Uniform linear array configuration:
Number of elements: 16
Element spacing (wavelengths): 0.5
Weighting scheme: cosine
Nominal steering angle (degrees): -45
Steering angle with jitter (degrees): -46.874
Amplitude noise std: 0.05
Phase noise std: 0.05

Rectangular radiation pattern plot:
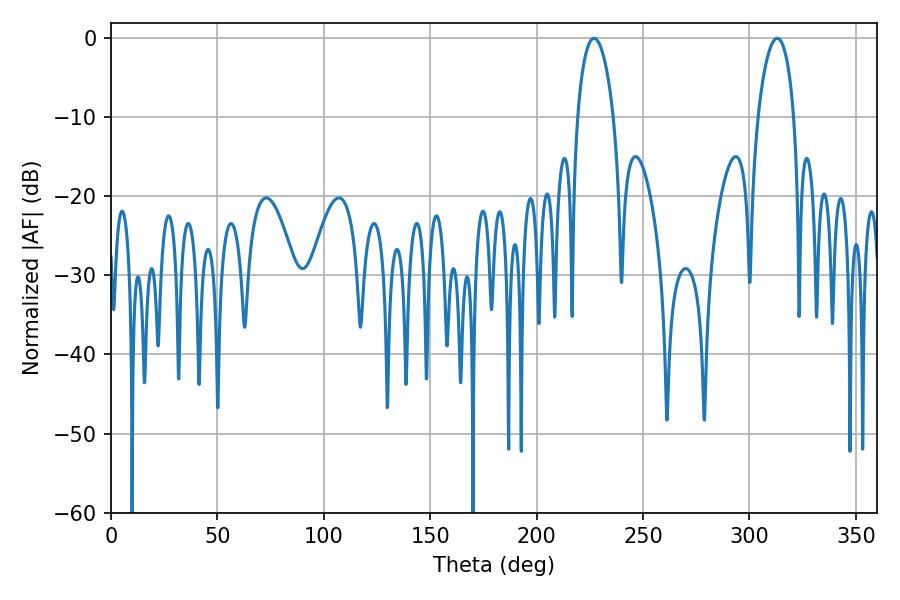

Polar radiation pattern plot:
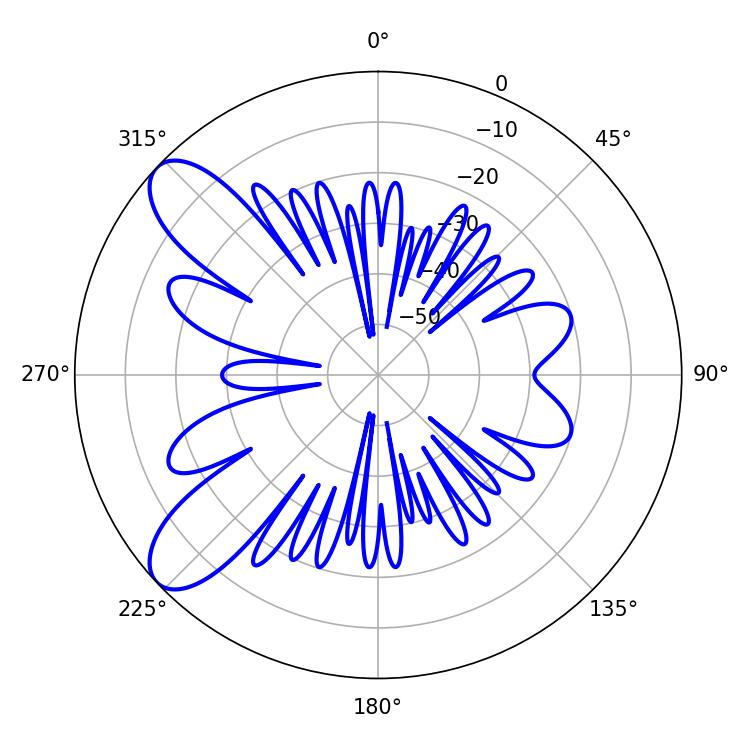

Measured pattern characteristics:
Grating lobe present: FALSE
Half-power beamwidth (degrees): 9.72
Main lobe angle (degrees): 226.98